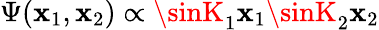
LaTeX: \Psi(\mathbf{x}_{1},\mathbf{x}_{2})\propto\sinK_{1}\mathbf{x}_{1}\sinK_{2}\mathbf{x}_{2}